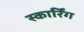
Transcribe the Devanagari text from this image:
स्कार्रिंग